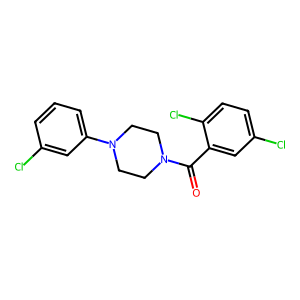
SMILES: O=C(c1cc(Cl)ccc1Cl)N1CCN(c2cccc(Cl)c2)CC1
Inhibits HIV replication: No